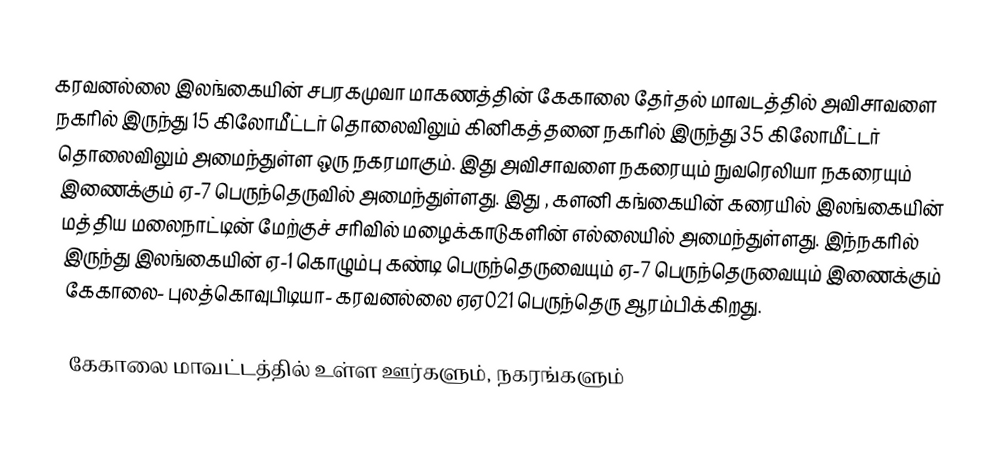
கரவனல்லை இலங்கையின் சபரகமுவா மாகணத்தின்   கேகாலை தேர்தல் மாவடத்தில் அவிசாவளை நகரில் இருந்து 15 கிலோமீட்டர் தொலைவிலும் கினிகத்தனை நகரில் இருந்து 35 கிலோமீட்டர் தொலைவிலும் அமைந்துள்ள ஒரு நகரமாகும். இது அவிசாவளை நகரையும் நுவரெலியா நகரையும் இணைக்கும்  ஏ-7 பெருந்தெருவில் அமைந்துள்ளது. இது , களனி கங்கையின் கரையில் இலங்கையின் மத்திய மலைநாட்டின் மேற்குச் சரிவில் மழைக்காடுகளின் எல்லையில் அமைந்துள்ளது. இந்நகரில் இருந்து இலங்கையின் ஏ-1 கொழும்பு கண்டி பெருந்தெருவையும் ஏ-7 பெருந்தெருவையும் இணைக்கும் கேகாலை- புலத்கொவுபிடியா- கரவனல்லை ஏஏ021 பெருந்தெரு ஆரம்பிக்கிறது.

கேகாலை மாவட்டத்தில் உள்ள ஊர்களும், நகரங்களும்